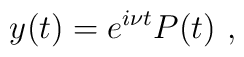
y(t) = e^{i\nu t} P(t) \ ,